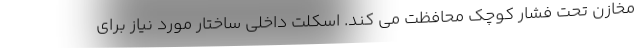
مخازن تحت فشار کوچک محافظت می کند. اسکلت داخلی ساختار مورد نیاز برای